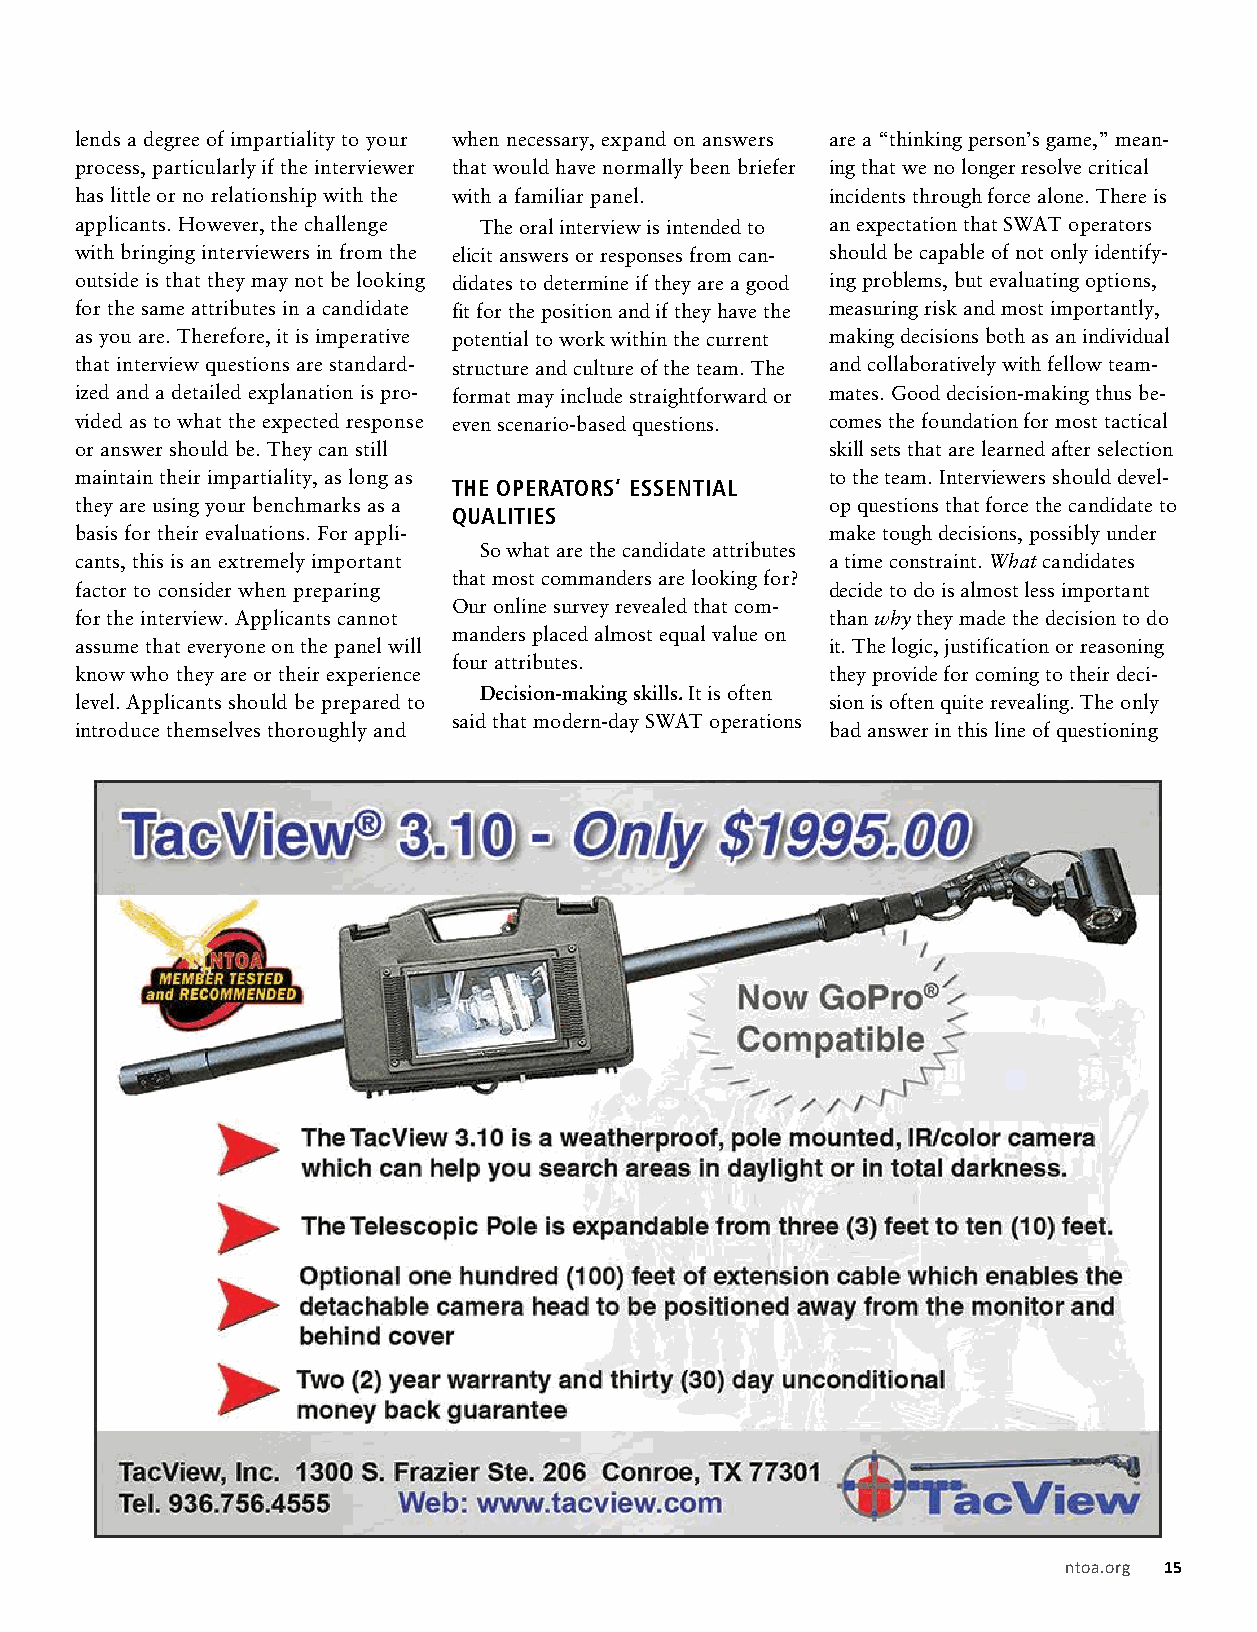
lends a degree of impartiality to your when necessary, expand on answers are a “thinking person’s game,” mean-
 process, particularly if the interviewer that would have normally been briefer ing that we no longer resolve critical
 has little or no relationship with the with a familiar panel. incidents through force alone. There is
 applicants. However, the challenge The oral interview is intended to an expectation that SWAT operators
 with bringing interviewers in from the elicit answers or responses from can- should be capable of not only identify-
 outside is that they may not be looking didates to determine if they are a good ing problems, but evaluating options,
 for the same attributes in a candidate fit for the position and if they have the measuring risk and most importantly,
 as you are. Therefore, it is imperative potential to work within the current making decisions both as an individual
 that interview questions are standard- structure and culture of the team. The and collaboratively with fellow team-
 ized and a detailed explanation is pro- format may include straightforward or mates. Good decision-making thus be-
 vided as to what the expected response even scenario-based questions. comes the foundation for most tactical
 or answer should be. They can still               skill sets that are learned after selection
 maintain their impartiality, as long as           to the team. Interviewers should devel-
 THE OPERATORS’ ESSENTIAL
 they are using your benchmarks as a               op questions that force the candidate to
 QUALITIES
 basis for their evaluations. For appli-           make tough decisions, possibly under
 So what are the candidate attributes
 cants, this is an extremely important             a time constraint. What candidates
 that most commanders are looking for?
 factor to consider when preparing                 decide to do is almost less important
 Our online survey revealed that com-
 for the interview. Applicants cannot              than why they made the decision to do
 manders placed almost equal value on
 assume that everyone on the panel will            it. The logic, justification or reasoning
 four attributes.
 know who they are or their experience             they provide for coming to their deci-
 Decision-making skills. It is often
 level. Applicants should be prepared to           sion is often quite revealing. The only
 said that modern-day SWAT operations
 introduce themselves thoroughly and               bad answer in this line of questioning
 ntoa.org 15